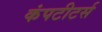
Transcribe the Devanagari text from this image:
कंपटीटर्स